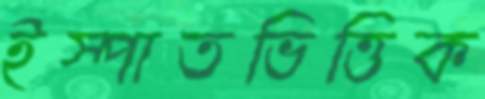
ইস্পাতভিত্তিক